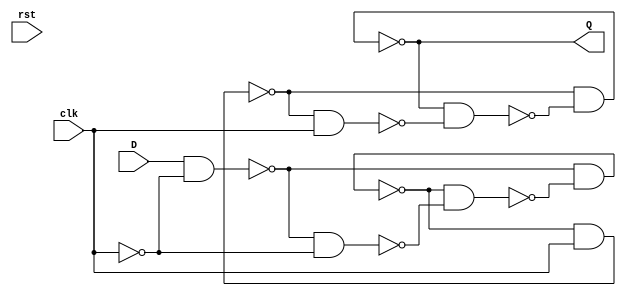
module dff(
		input	D,
		input	clk,
		input	rst,
		output	Q,
	);

		wire	net0;
		wire	net1;
		wire	net2;
		wire	net3;
		wire	net4;
		wire	net5;
		wire	net6;
		wire	net7;
		wire	net8;

		nand	nand0 (net1, D, net0);
		nand	nand1 (net2, net1, net0);
		nand	nand2 (net5, net1, net4);
		nand	nand3 (net4, net5, net2);
		nand	nand4 (net6, net5, net3);
		nand	nand5 (net7, net6, net3);
		nand	nand6 (Q, net6, net8);
		nand	nand7 (net8, Q, net7);
		not	not0 (net0, clk);
		not	not1 (net3, net0);
endmodule